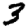
Digit: 3